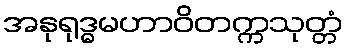
အနုရုဒ္ဓမဟာဝိတက္ကသုတ္တံ